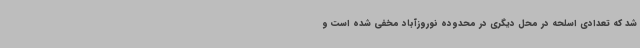
شد که تعدادی اسلحه در محل دیگری در محدوده نوروزآباد مخفی شده است و